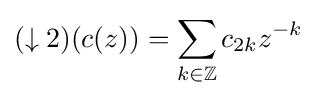
(\downarrow 2)(c(z))=\sum _{k\in \mathbb {Z} }c_{2k}z^{-k}